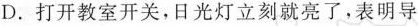
D. 打开教室开关，日光灯立刻就亮了，表明导